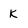
Character: k